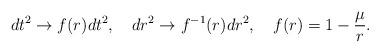
LaTeX: \begin{align*}dt^2 \to f(r) dt^2 , \quad dr^2 \to f^{-1} (r) dr^2 , \quad f(r) = 1 - \frac{\mu}{r} .\end{align*}